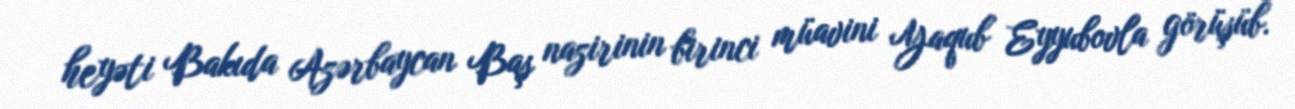
heyəti Bakıda Azərbaycan Baş nazirinin birinci müavini Yaqub Eyyubovla görüşüb.